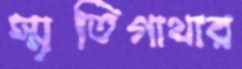
স্মৃতিগাথার